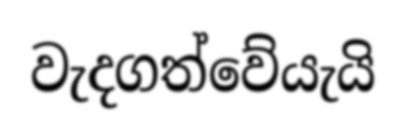
වැදගත්වේයැයි